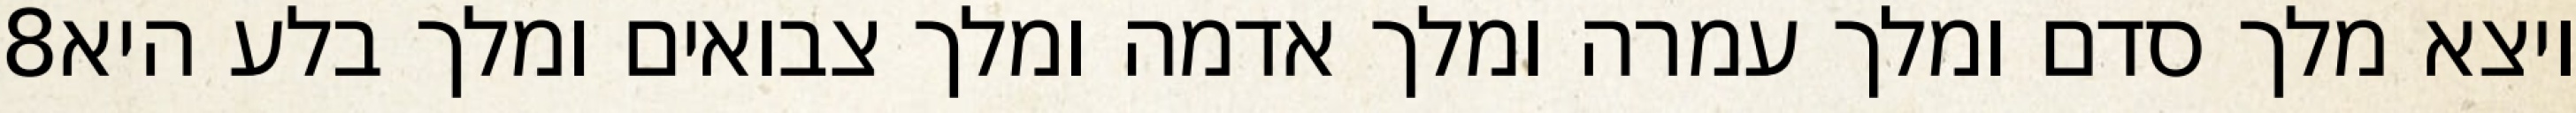
‎8‏ ויצא מלך סדם ומלך עמרה ומלך אדמה ומלך צבואים ומלך בלע היא